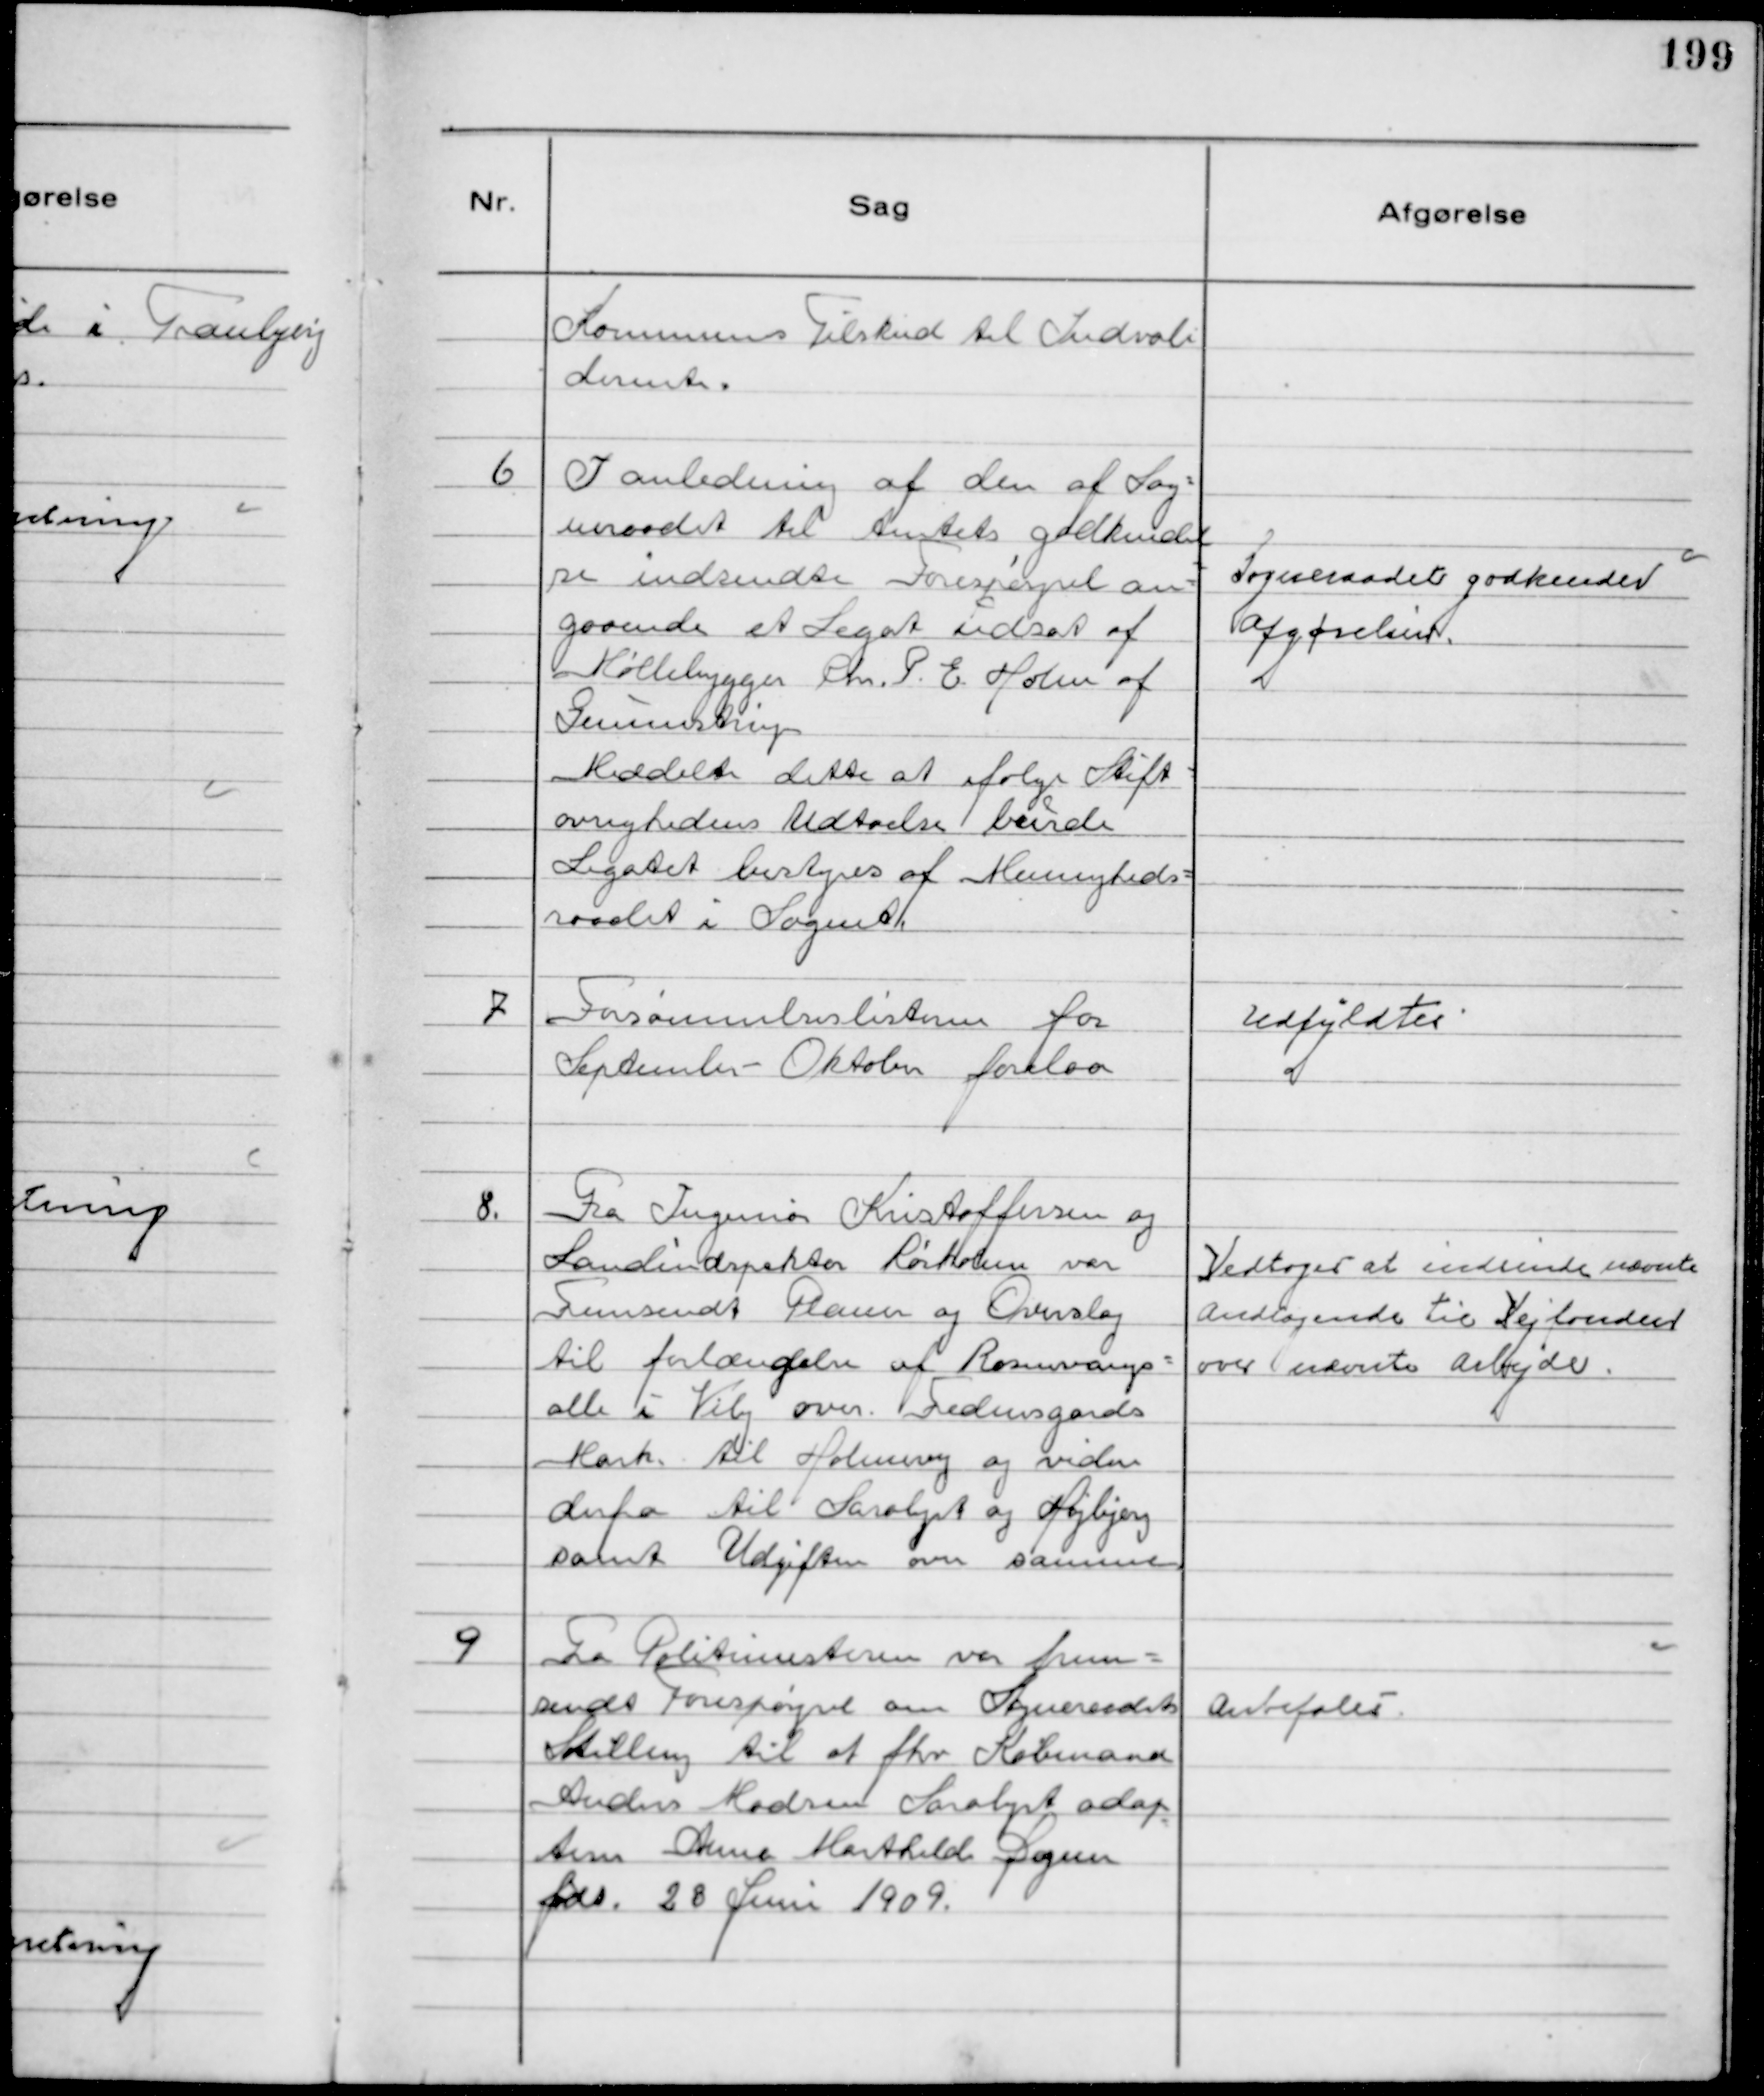
Transskription:
Kommunens Tilskud til Indvali
derente.

6
I anledning af den af Sog-
neraadet til Amtets godkendel
se indsendte Forespørgsel an-
gaaende et Legat udsat af
Møllebygger Chr. P. E. Holm af
Gunnestrup
Meddelte dette at ifølge Stift-
øvrighedens Udtalelse burde
Legatet bestyres af Menigheds-
raadet i Sognet.

Sogneraadet godkender
Afgørelsen.

7
Forsømmelseslisterne for
September-Oktober forelaa

Udfyldtes

8.
Fra Ingeniør Kristoffersen og
Landindspektør Rørholm var
Fremsendt Planer og Overslag
til forlængelse af Rosenvangs-
alle i Viby over Fredensgaards
Mark til Holmevej og videre
derfra til Saralyst og Højbjerg
samt Udgifterne over samme

Vedtoges at indsende nævnte
Andragende til Vejfonden
over nævnte Arbejde.

9
Fra Politimesteren var frem-
sendt Forespørgsel om Sogneraadets
Stilling til at fhv Købmand
Anders Madsen Saralyst adop
terer Anne Mathilde Dogner
født 28 Juni 1909.

Anbefales